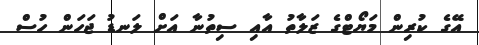
އޭގެ ކުރިން މަޔޯޓްގެ ޒަލާތު އާއި ސިތުނާ އަށް ލަނޑު ޖަހަން ހުސް